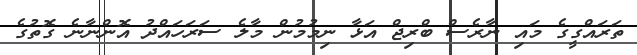
ތަރައްގީގެ މައި ނާރެސް ބްރިޖް އަޅާ ނިމުމުން މާލެ ސަރަހައްދު އޮންނާނެ ގޮތުގެ